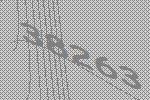
38263